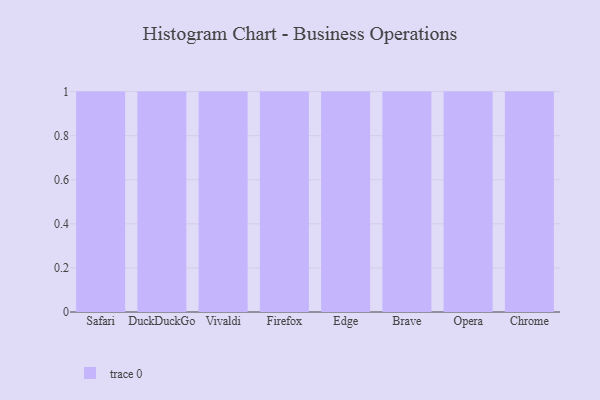
{"axis": {"x": "Browser", "y": "Headcount"}, "legend": [""], "data": [{"x": "Safari", "y": 19, "type": ""}, {"x": "DuckDuckGo", "y": 27, "type": ""}, {"x": "Vivaldi", "y": 12, "type": ""}, {"x": "Firefox", "y": 22, "type": ""}, {"x": "Edge", "y": 69, "type": ""}, {"x": "Brave", "y": 41, "type": ""}, {"x": "Opera", "y": 63, "type": ""}, {"x": "Chrome", "y": 36, "type": ""}]}